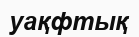
уақфтық